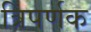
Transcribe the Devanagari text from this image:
त्रिपर्णक